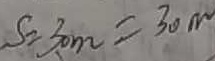
S = 3 0 m = 3 0 m